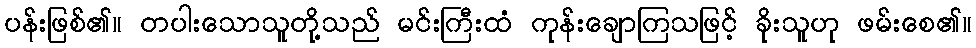
ပန်းဖြစ်၏။ တပါးသောသူတို့သည် မင်းကြီးထံ ကုန်းချောကြသဖြင့် ခိုးသူဟု ဖမ်းစေ၏။